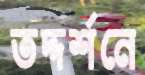
তদ্দর্শনে